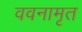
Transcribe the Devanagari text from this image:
ववनामृत